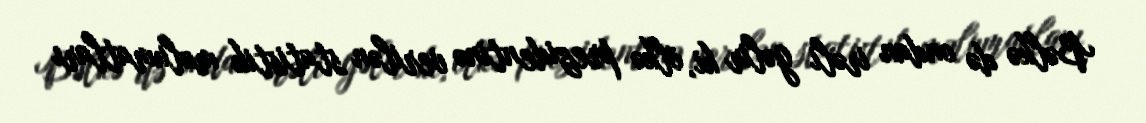
Bəlkə də ondan irəli gəlir ki, ölkə prezidentinə verilən statistik məlumatları